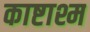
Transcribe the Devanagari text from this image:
काष्टाश्म